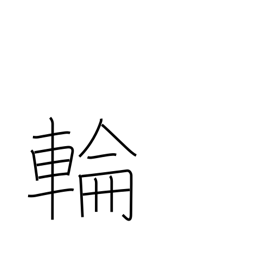
Meaning: circle